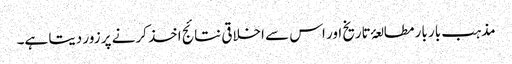
مذہب بار بار مطالعۂ تاریخ اور اس سے اخلاقی نتائج اخذ کرنے پر زور دیتا ہے۔